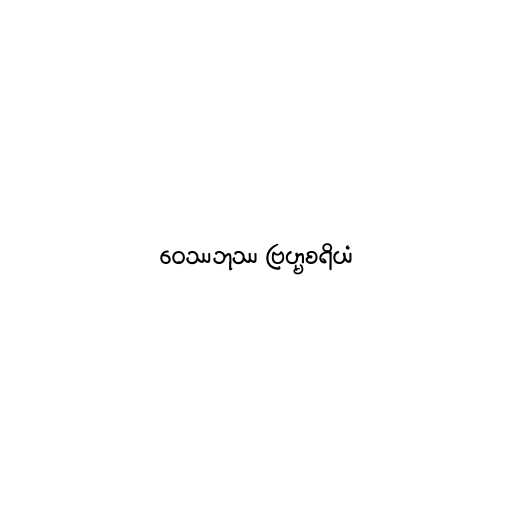
ဝေဿဘုဿ ဗြဟ္မစရိယံ